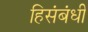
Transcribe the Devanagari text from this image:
हिसंबंधी